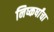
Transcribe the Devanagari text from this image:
निष्कर्षांचा